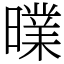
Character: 曗